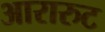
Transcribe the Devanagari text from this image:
आरारुट